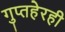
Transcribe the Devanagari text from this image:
गुप्तहेरही